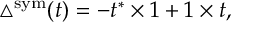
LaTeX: \triangle ^ { \mathrm { s y m } } ( t ) = - t ^ { * } \times 1 + 1 \times t ,